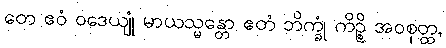
တေ ဧဝံ ဝဒေယျုံ မာယသ္မန္တော ဧတံ ဘိက္ခုံ ကိဉ္စိ အဝစုတ္ထ,